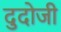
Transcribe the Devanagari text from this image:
दुदोजी